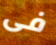
فى